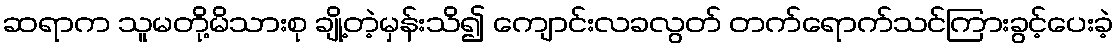
ဆရာက သူမတို့မိသားစု ချို့တဲ့မှန်းသိ၍ ကျောင်းလခလွတ် တက်ရောက်သင်ကြားခွင့်ပေးခဲ့